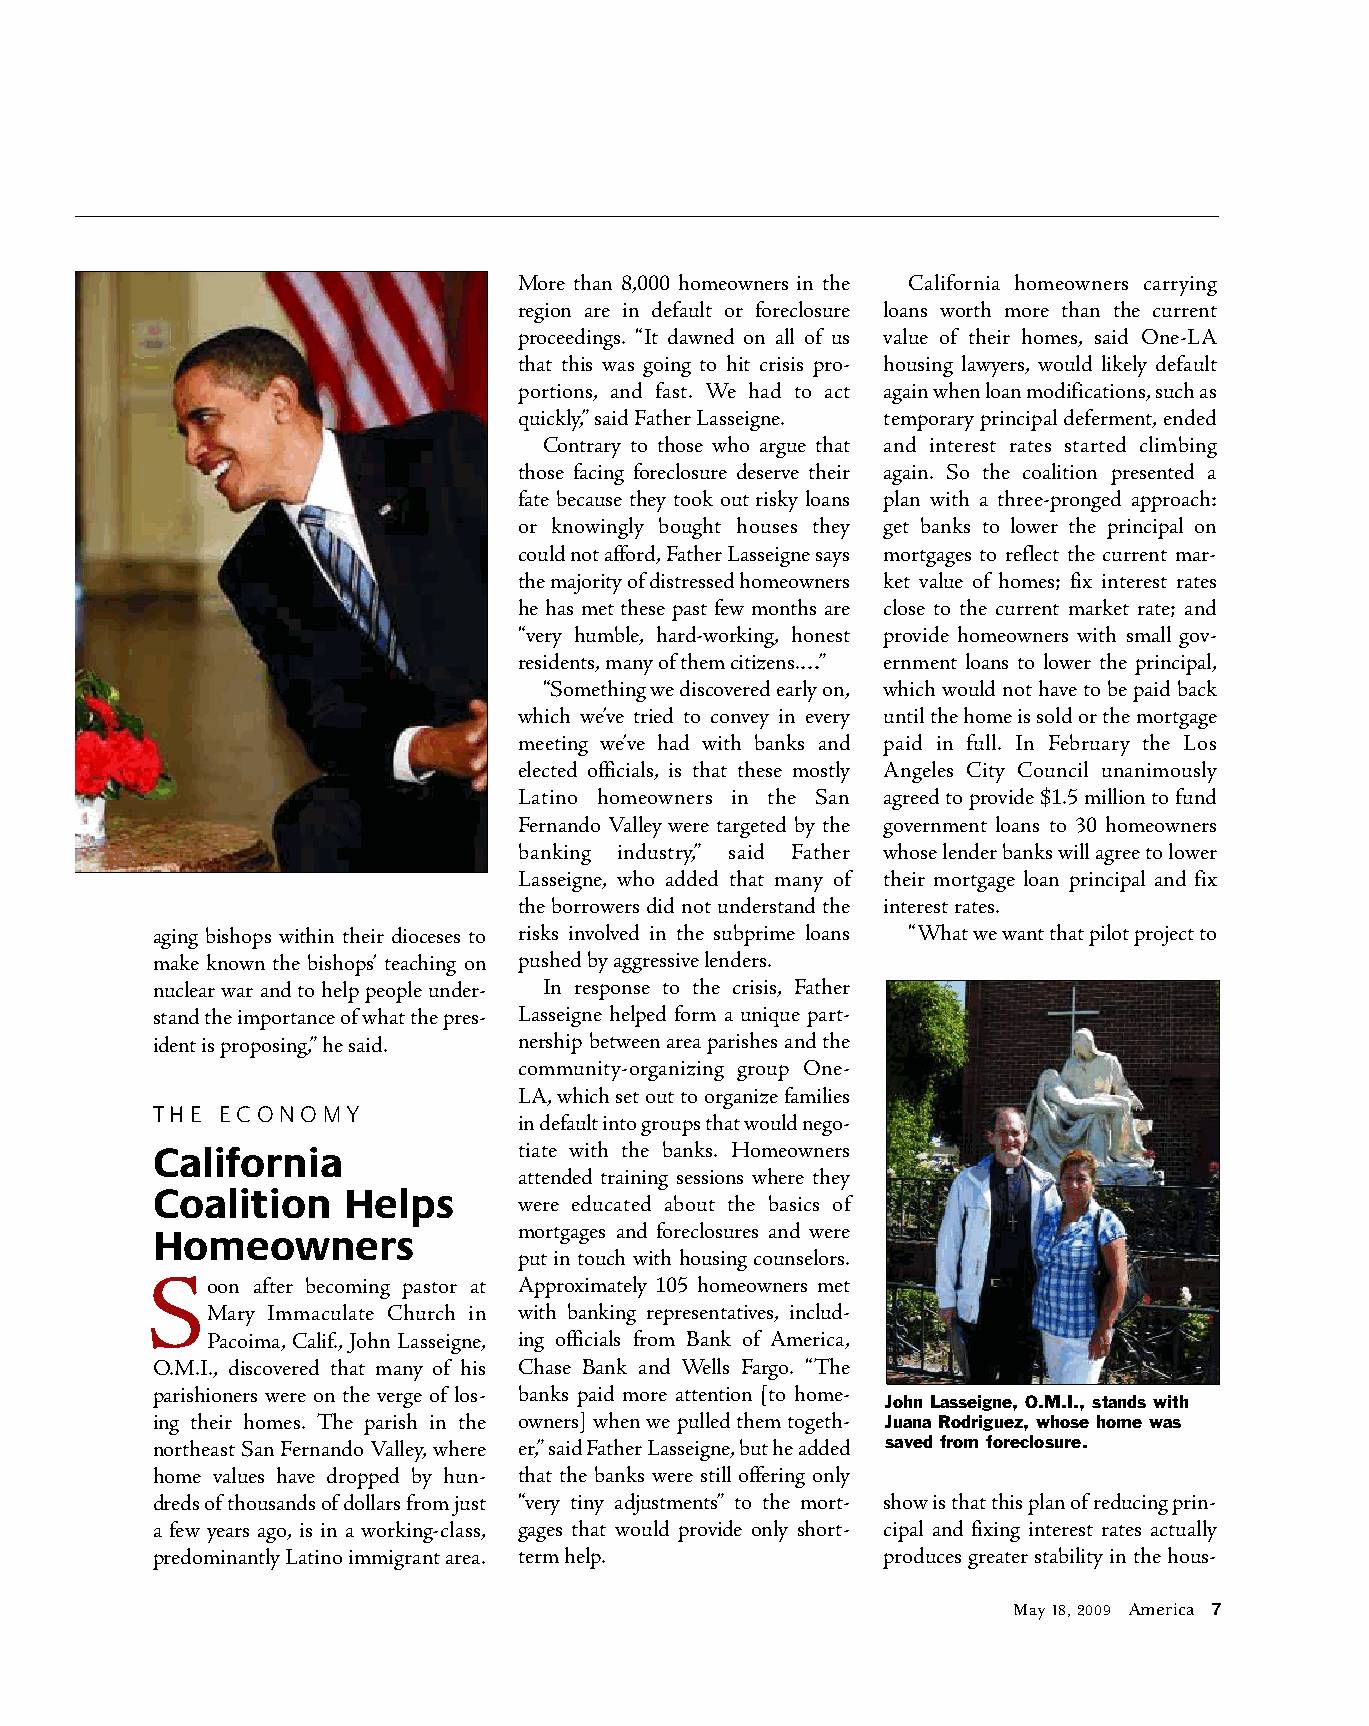
More than 8,000 homeowners in the California homeowners carrying
 region are in default or foreclosure loans worth more than the current
 proceedings. “It dawned on all of us value of their homes, said One-LA
 that this was going to hit crisis pro- housing lawyers, would likely default
 portions, and fast. We had to act again when loan modifications, such as
 quickly,” said Father Lasseigne. temporary principal deferment, ended
 Contrary to those who argue that and interest rates started climbing
 those facing foreclosure deserve their again. So the coalition presented a
 fate because they took out risky loans plan with a three-pronged approach:
 or knowingly bought houses they get banks to lower the principal on
 could not afford, Father Lasseigne says mortgages to reflect the current mar-
 the majority of distressed homeowners ket value of homes; fix interest rates
 he has met these past few months are close to the current market rate; and
 “very humble, hard-working, honest provide homeowners with small gov-
 residents, many of them citizens.…” ernment loans to lower the principal,
 “Something we discovered early on, which would not have to be paid back
 which we’ve tried to convey in every until the home is sold or the mortgage
 meeting we’ve had with banks and paid in full. In February the Los
 elected officials, is that these mostly Angeles City Council unanimously
 Latino homeowners in the San agreed to provide $1.5 million to fund
 Fernando Valley were targeted by the government loans to 30 homeowners
 banking industry,” said Father whose lender banks will agree to lower
 Lasseigne, who added that many of their mortgage loan principal and fix
 the borrowers did not understand the interest rates.
 aging bishops within their dioceses to risks involved in the subprime loans “What we want that pilot project to
 make known the bishops’ teaching on pushed by aggressive lenders.
 nuclear war and to help people under- In response to the crisis, Father
 stand the importance of what the pres- Lasseigne helped form a unique part-
 ident is proposing,” he said. nership between area parishes and the
 community-organizing group One-
 LA, which set out to organize families
 THE  ECONOMY
 in default into groups that would nego-
 California              tiate with the banks. Homeowners
 attended training sessions where they
 Coalition    Helps
 were educated about the basics of
 mortgages and foreclosures and were
 Homeowners
 put in touch with housing counselors.
 S
 oon after becoming pastor at Approximately 105 homeowners met
 Mary Immaculate Church in with banking representatives, includ-
 Pacoima, Calif., John Lasseigne, ing officials from Bank of America,
 O.M.I., discovered that many of his Chase Bank and Wells Fargo. “The
 parishioners were on the verge of los- banks paid more attention [to home-
 John Lasseigne, O.M.I., stands with
 ing their homes. The parish in the owners] when we pulled them togeth- Juana Rodriguez, whose home was
 northeast San Fernando Valley, where er,” said Father Lasseigne, but he added saved from foreclosure.
 home values have dropped by hun- that the banks were still offering only
 dreds of thousands of dollars from just “very tiny adjustments” to the mort- show is that this plan of reducing prin-
 a few years ago, is in a working-class, gages that would provide only short- cipal and fixing interest rates actually
 predominantly Latino immigrant area. term help. produces greater stability in the hous-
 May 18, 2009 America 7